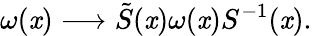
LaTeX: \omega(\mathit{x})\longrightarrow\tilde{{S}}(\mathit{x})\omega(\mathit{x})S^{-1}(\mathit{x}).